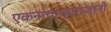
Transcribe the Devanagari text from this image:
एकनाथमहाराजांनी